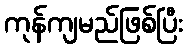
ကုန်ကျမည်ဖြစ်ပြီး